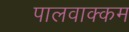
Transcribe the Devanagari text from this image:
पालवाक्कम